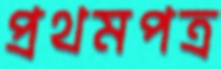
প্রথমপত্র